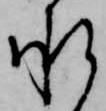
承